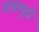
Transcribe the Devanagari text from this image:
अन्नामुडी